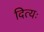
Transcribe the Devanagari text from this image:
दित्यः